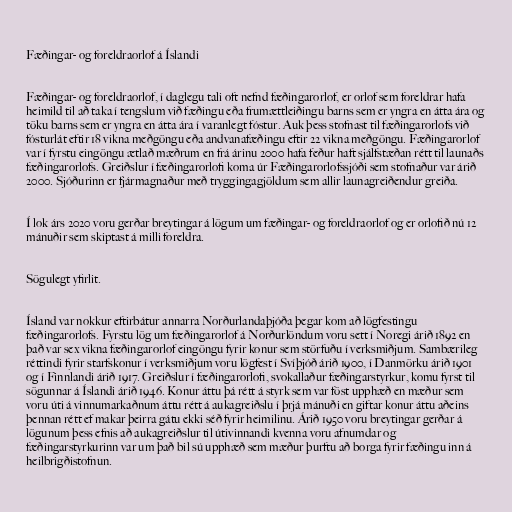
Fæðingar- og foreldraorlof á Íslandi

Fæðingar- og foreldraorlof, í daglegu tali oft nefnd fæðingarorlof, er orlof sem foreldrar hafa
heimild til að taka í tengslum við fæðingu eða frumættleiðingu barns sem er yngra en átta ára og
töku barns sem er yngra en átta ára í varanlegt fóstur. Auk þess stofnast til fæðingarorlofs við
fósturlát eftir 18 vikna meðgöngu eða andvanafæðingu eftir 22 vikna meðgöngu. Fæðingarorlof
var í fyrstu eingöngu ætlað mæðrum en frá árinu 2000 hafa feður haft sjálfstæðan rétt til launaðs
fæðingarorlofs. Greiðslur í fæðingarorlofi koma úr Fæðingarorlofssjóði sem stofnaður var árið
2000. Sjóðurinn er fjármagnaður með tryggingagjöldum sem allir launagreiðendur greiða.

Í lok árs 2020 voru gerðar breytingar á lögum um fæðingar- og foreldraorlof og er orlofið nú 12
mánuðir sem skiptast á milli foreldra.

Sögulegt yfirlit.

Ísland var nokkur eftirbátur annarra Norðurlandaþjóða þegar kom að lögfestingu
fæðingarorlofs. Fyrstu lög um fæðingarorlof á Norðurlöndum voru sett í Noregi árið 1892 en
það var sex vikna fæðingarorlof eingöngu fyrir konur sem störfuðu í verksmiðjum. Sambærileg
réttindi fyrir starfskonur í verksmiðjum voru lögfest í Svíþjóð árið 1900, í Danmörku árið 1901
og í Finnlandi árið 1917. Greiðslur í fæðingarorlofi, svokallaður fæðingarstyrkur, komu fyrst til
sögunnar á Íslandi árið 1946. Konur áttu þá rétt á styrk sem var föst upphæð en mæður sem
voru úti á vinnumarkaðnum áttu rétt á aukagreiðslu í þrjá mánuði en giftar konur áttu aðeins
þennan rétt ef makar þeirra gátu ekki séð fyrir heimilinu. Árið 1950 voru breytingar gerðar á
lögunum þess efnis að aukagreiðslur til útivinnandi kvenna voru afnumdar og
fæðingarstyrkurinn var um það bil sú upphæð sem mæður þurftu að borga fyrir fæðingu inn á
heilbrigðistofnun.